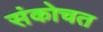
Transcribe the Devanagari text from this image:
संकोचत